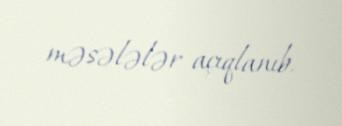
məsələlər açıqlanıb.